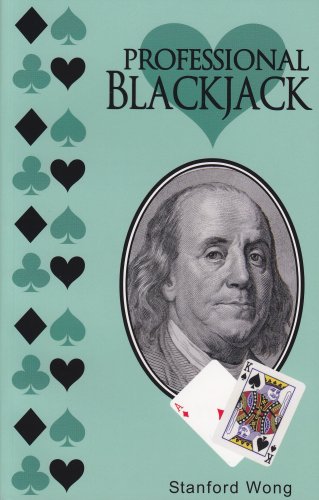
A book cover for Professional Blackjack; Stanford Wong; Humor & Entertainment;